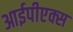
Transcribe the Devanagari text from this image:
आईपीएक्स